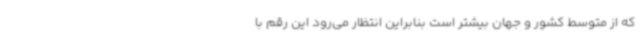
که از متوسط کشور و جهان بیشتر است بنابراین انتظار می‌رود این رقم با